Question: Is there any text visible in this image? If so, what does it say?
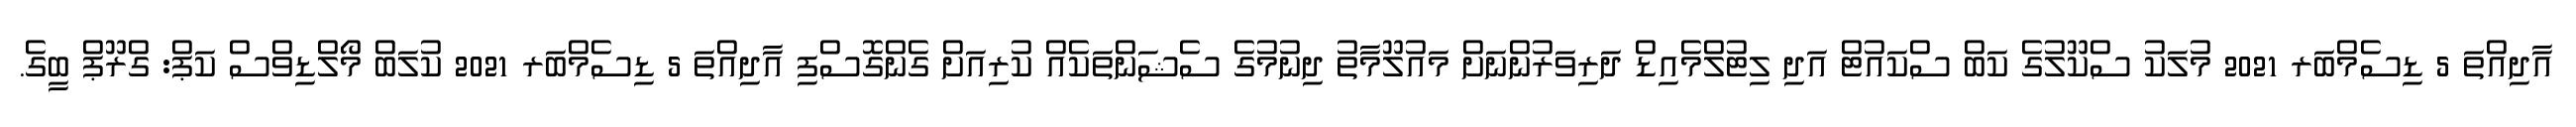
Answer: އާދިއްތަ 5 ޑިސެމްބަރ 2021 މުލަކު ސްކޫލުގެ ކަބް ސްކައުޓް އަދި ލިޓުލްމެއިޑް ދަރިވަރުންނަށް މައުލޫމާތު ދިނުމުގެ ސެޝަންތަކެއް ކުރިއަށް ގެންގޮސްފި އާދިއްތަ 5 ޑިސެމްބަރ 2021 ކުލަބް މޯލްޑިވްސް ކަޕް: ގްރޫޕް ބީގެ.